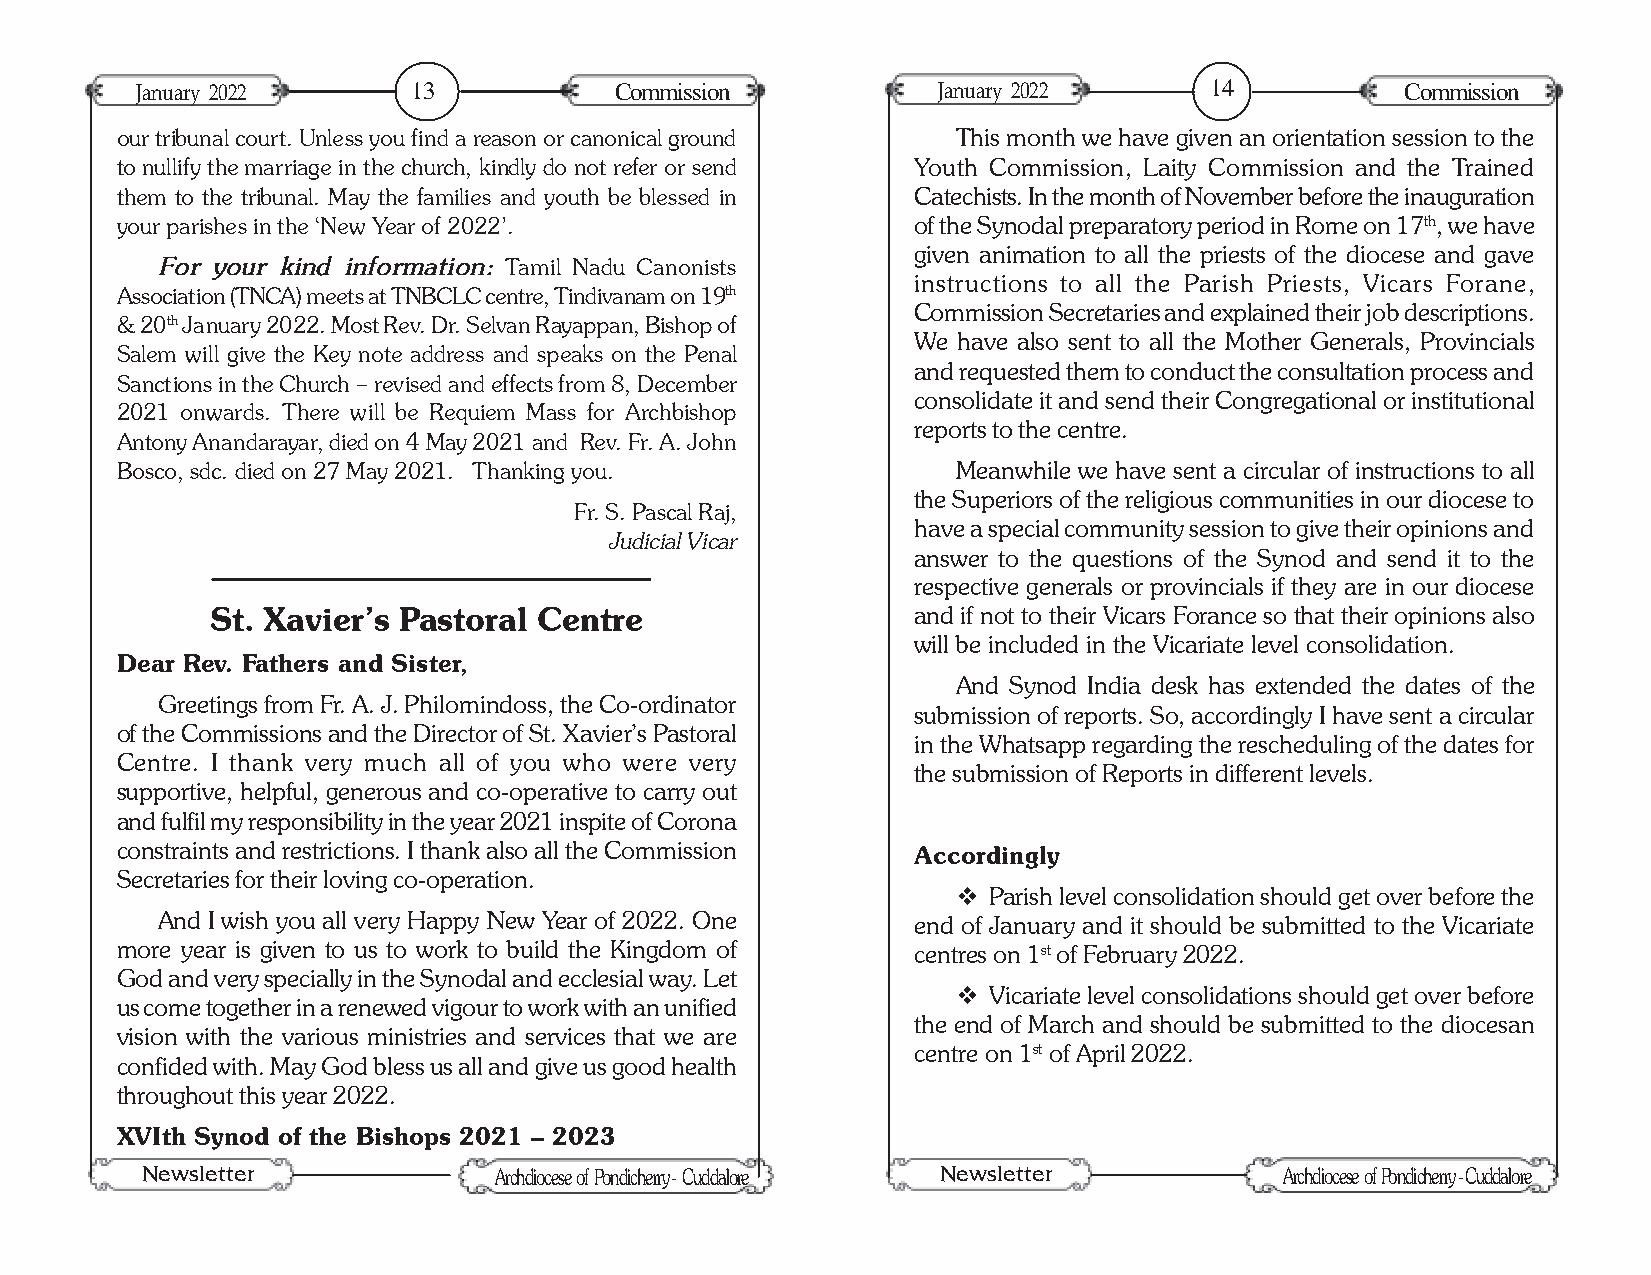
January 2022      13            Commission           January 2022      14           Commission
 our tribunal court. Unless you find a reason or canonical ground This month we have given an orientation session to the
 to nullify the marriage in the church, kindly do not refer or send Youth Commission, Laity Commission and the Trained
 them to the tribunal. May the families and youth be blessed in Catechists. In the month of November before the inauguration
 your parishes in the ‘New Year of 2022’.            of the Synodal preparatory period in Rome on 17th, we have
 given animation to all the priests of the diocese and gave
 For your kind information: Tamil Nadu Canonists
 instructions to all the Parish Priests, Vicars Forane,
 Association (TNCA) meets at TNBCLC centre, Tindivanam on 19th
 Commission Secretaries and explained their job descriptions.
 & 20th January 2022. Most Rev. Dr. Selvan Rayappan, Bishop of
 We have also sent to all the Mother Generals, Provincials
 Salem will give the Key note address and speaks on the Penal
 and requested them to conduct the consultation process and
 Sanctions in the Church – revised and effects from 8, December
 consolidate it and send their Congregational or institutional
 2021 onwards. There will be Requiem Mass for Archbishop
 reports to the centre.
 Antony Anandarayar, died on 4 May 2021 and Rev. Fr. A. John
 Bosco, sdc. died on 27 May 2021. Thanking you.         Meanwhile we have sent a circular of instructions to all
 the Superiors of the religious communities in our diocese to
 Fr. S. Pascal Raj,
 have a special community session to give their opinions and
 Judicial Vicar
 answer to the questions of the Synod and send it to the
 respective generals or provincials if they are in our diocese
 St. Xavier’s Pastoral Centre                  and if not to their Vicars Forance so that their opinions also
 will be included in the Vicariate level consolidation.
 Dear Rev. Fathers and Sister,
 And Synod India desk has extended the dates of the
 Greetings from Fr. A. J. Philomindoss, the Co-ordinator
 submission of reports. So, accordingly I have sent a circular
 of the Commissions and the Director of St. Xavier’s Pastoral
 in the Whatsapp regarding the rescheduling of the dates for
 Centre. I thank very much all of you who were very
 the submission of Reports in different levels.
 supportive, helpful, generous and co-operative to carry out
 and fulfil my responsibility in the year 2021 inspite of Corona
 constraints and restrictions. I thank also all the Commission Accordingly
 Secretaries for their loving co-operation.
 v Parish level consolidation should get over before the
 And I wish you all very Happy New Year of 2022. One end of January and it should be submitted to the Vicariate
 more year is given to us to work to build the Kingdom of centres on 1st of February 2022.
 God and very specially in the Synodal and ecclesial way. Let
 v Vicariate level consolidations should get over before
 us come together in a renewed vigour to work with an unified
 the end of March and should be submitted to the diocesan
 vision with the various ministries and services that we are
 centre on 1st of April 2022.
 confided with. May God bless us all and give us good health
 throughout this year 2022.
 XVIth Synod of the Bishops 2021 – 2023
 Newsletter                                           Newsletter
 Archdiocese of Pondicherry - Cuddalore              Archdiocese of Pondicherry - Cuddalore